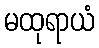
မထုရာယံ